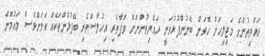
ރައްޔިތުންގެ މަޖިލިހަށް ހޮވަން ބޭނުންފުޅުވަނީ ރައްޔިތުންނަށް ވަފާތެރި އިހުލާސްތެރި ބޭފުޅުންތަކެއް ކަމަށްވެސް މައުމޫން